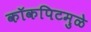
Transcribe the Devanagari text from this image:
कॉकपिटमुळे